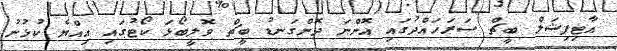
އާޓިފިޝަލް ބީޗް ސަރަހައްދުގައި އޮންނަ ދޮންގަނޑު ބީޗް ވޮލީބޯޅަ ކޯޓުގައި އިއްޔެ ކުޅުނު